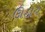
ઊઠાવ